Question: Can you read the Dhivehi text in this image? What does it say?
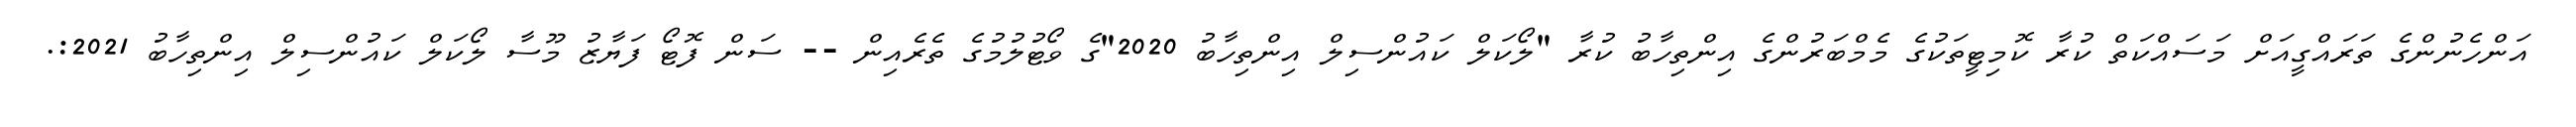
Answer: އަންހެނުންގެ ތަރައްގީއަށް މަސައްކަތް ކުރާ ކޮމިޓީތަކުގެ މެމްބަރުންގެ އިންތިހާބު ކުރާ "ލޯކަލް ކައުންސިލް އިންތިހާބު 2020"ގެ ވޯޓުލުމުގެ ތެރެއިން -- ސަން ފޮޓޯ ފަޔާޒު މޫސާ ލޯކަލް ކައުންސިލް އިންތިހާބު 2021:.